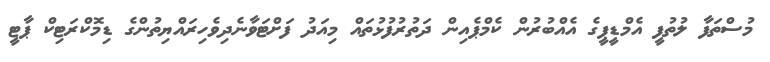
މުސްތަފާ ލުތުފީ އެމްޑީޕީގެ އެއްބުރުން ކެމްޕެއިން ދަތުރުފުޅުތައް މިއަދު ފަށްޓަވާނެދިވެހިރައްޔިތުންގެ ޑިމޮކްރަޓިކް ޕާޓީ